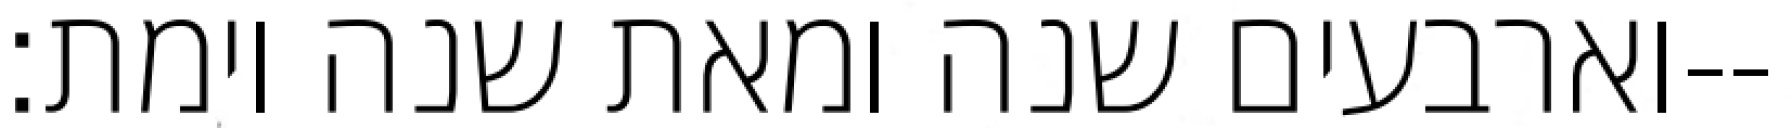
וארבעים שנה ומאת שנה וימת׃--